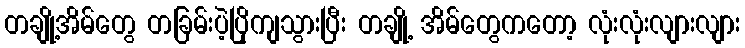
တချို့အိမ်တွေ တခြမ်းပဲ့ပြိုကျသွားပြီး တချို့ အိမ်တွေကတော့ လုံးလုံးလျားလျား